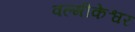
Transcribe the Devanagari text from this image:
वल्मीकेश्वर